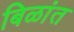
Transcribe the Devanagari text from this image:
बिळांत